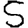
Digit: 5